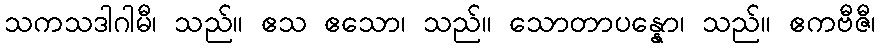
သကသဒါဂါမီ၊ သည်။ ဧသ ဧသော၊ သည်။ သောတာပန္နော၊ သည်။ ဧကဗီဇီ၊